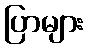
ပြာများ